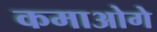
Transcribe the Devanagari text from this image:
कमाओगे